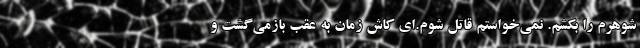
شوهرم را بکشم. نمی‌خواستم قاتل شوم.‌ای کاش زمان به عقب بازمی‌گشت و